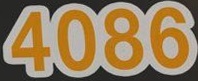
4086